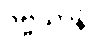
ဒိဗ္ဗယာနံ